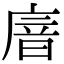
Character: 𢉩